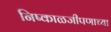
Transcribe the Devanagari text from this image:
निष्काळजीपणाच्या